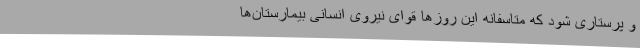
و پرستاری شود که متاسفانه این روزها قوای نیروی انسانی بیمارستان‌ها